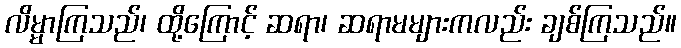
လိမ္မာကြသည်၊ ထို့ကြောင့် ဆရာ၊ ဆရာမများကလည်း ချစ်ကြသည်။